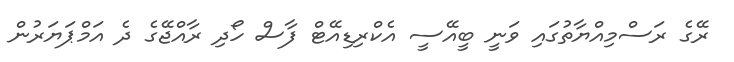
ރޭގެ ރަސްމިއްޔާތުގައި ވަނީ ބީއޭސީ އެކްރިޑިއޭޓް ފާސް ހޯދި ރާއްޖޭގެ ދެ އަމްޕަޔަރުން